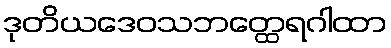
ဒုတိယဒေဝသဘတ္ထေရဂါထာ